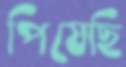
পিষেছি